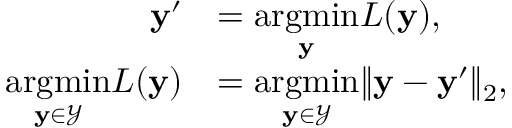
\begin{array} { r l } { \mathbf { y } ^ { \prime } } & { = \underset { \mathbf { y } } { \mathrm { a r g m i n } } L ( \mathbf { y } ) , } \\ { \underset { \mathbf { y } \in \mathcal { Y } } { \mathrm { a r g m i n } } L ( \mathbf { y } ) } & { = \underset { \mathbf { y } \in \mathcal { Y } } { \mathrm { a r g m i n } } \lVert \mathbf { y } - \mathbf { y } ^ { \prime } \rVert _ { 2 } , } \end{array}